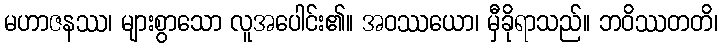
မဟာဇနဿ၊ များစွာသော လူအပေါင်း၏။ အဝဿယော၊ မှီခိုရာသည်။ ဘဝိဿတတိ၊